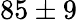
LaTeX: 85\pm 9